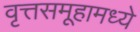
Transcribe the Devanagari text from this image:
वृत्तसमूहामध्ये